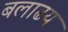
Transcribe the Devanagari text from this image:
बलाढय